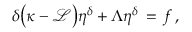
\delta \bigl ( \kappa - \mathcal { L } \bigr ) \eta ^ { \delta } + \Lambda \eta ^ { \delta } \, = \, f \, ,